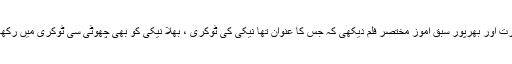
ذراءع ابلاغ کے توسط سے آج ایک ایسی ہی خوبصورت اور بھرپور سبق آموز مختصر فلم دیکھی کہ جس کا عنوان تھا نیکی کی ٹوکری ، بھلا نیکی کو بھی چھوٹی سی ٹوکری میں رکھا جا سکتا ہے یہ پھیلا سوال تھا جو ذہن میں آسکتا تھا ۔